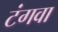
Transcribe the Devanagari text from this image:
टंगवा